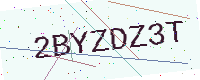
Text: 2BYZDZ3T